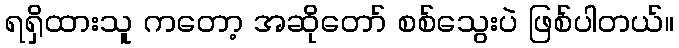
ရရှိထားသူ ကတော့ အဆိုတော် စစ်သွေးပဲ ဖြစ်ပါတယ်။